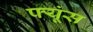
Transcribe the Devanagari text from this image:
फ्यूंस